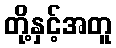
တို့နှင့်အတူ